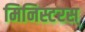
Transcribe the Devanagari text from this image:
मिनिस्टरस्